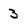
Character: 3